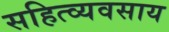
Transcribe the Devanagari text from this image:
सहित्व्यवसाय